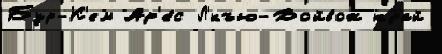
Бур-К'ем Ар'е́с Л'́къю-Войвож край